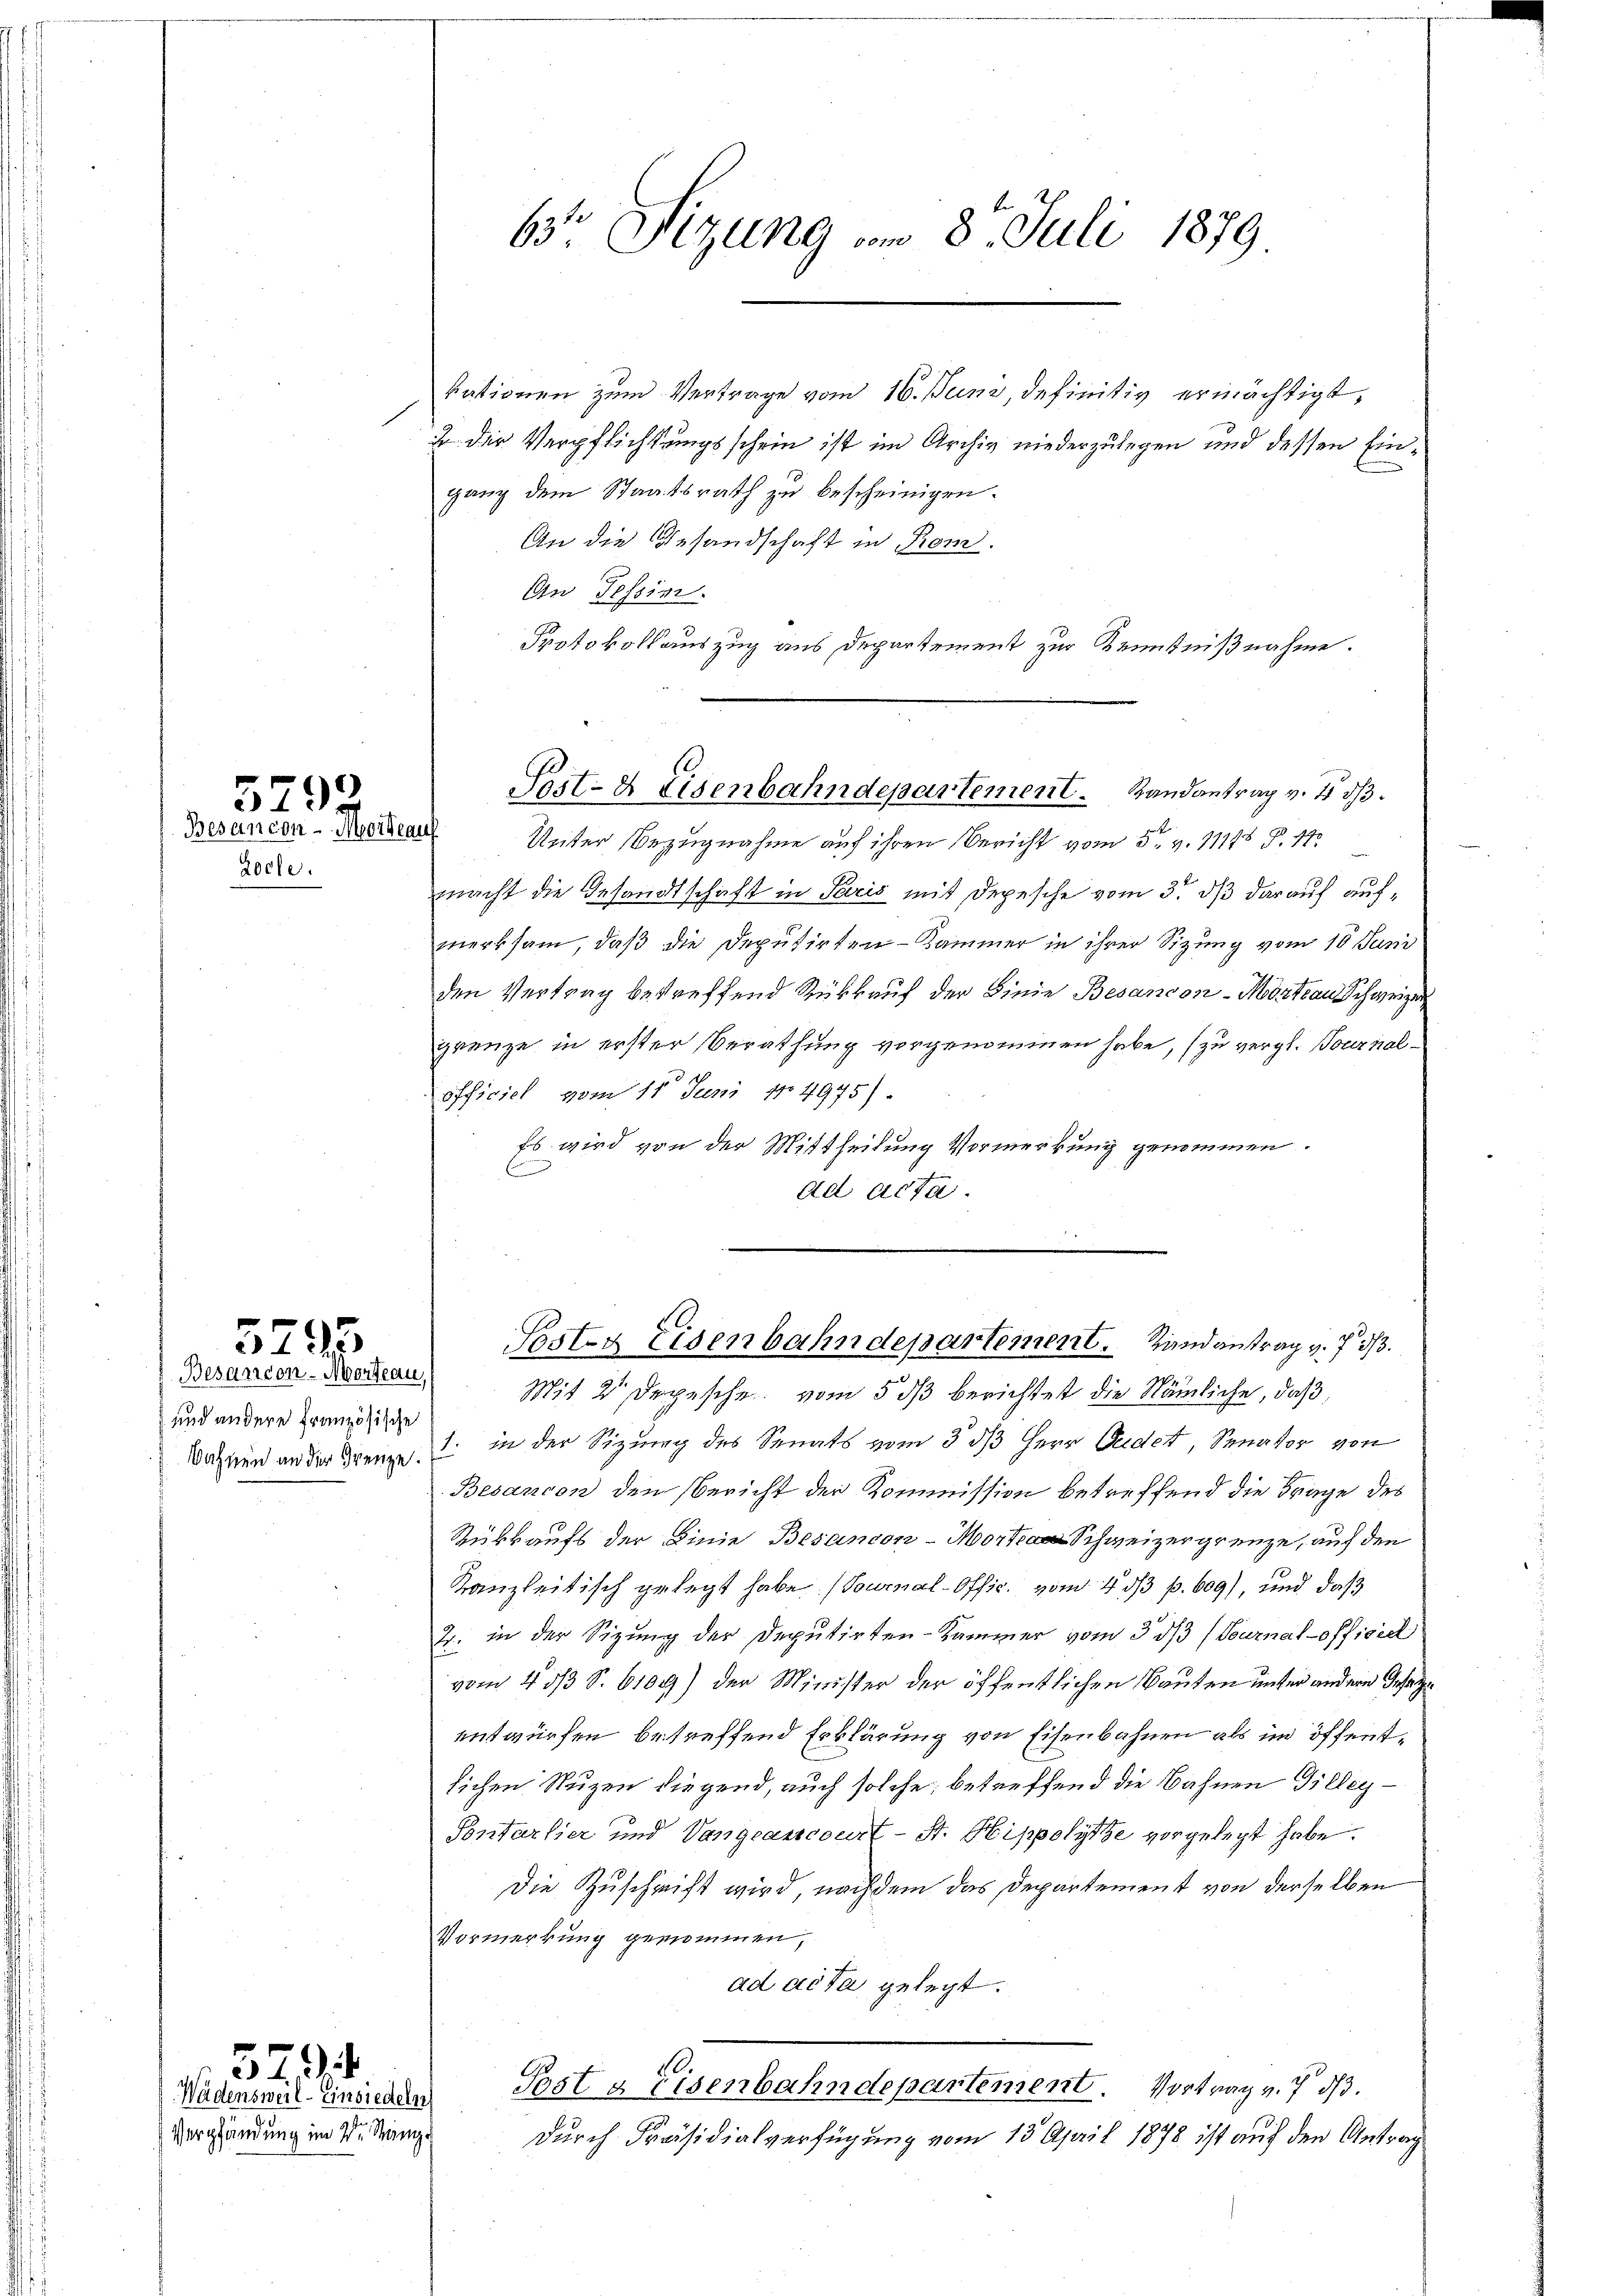
Loche.

5799
Besancen-Meile auf

5295

Besandon - Mordeau,
und andere französische

Verpfändung im Dr. Stan

379. 4
Wädensweil–Einsiedeln

kationen zum Vertrage vom 16. Juni, definitiv ermächtigt,
2 die Verpflichtungsschein ist im Archiv niederzulegen und dessen Einganz dem Staatsrath zu bescheinigen.
An die Gesandschaft in Rom.
An Tessin.
Protokollauszug aus Departement zur Kenntnißnahme.

63° Sizung vom 8. Juli 1879

Unter Bezugnahme auf ihren Bericht vom 5. v. 11175 S. 41
macht die Gesandtschaft in Paris mit Depesche vom 3. dß darauf aufmerksam, daß die Deputirten-Kammer in ihrer Sizung vom 10. Juni
den Vertrag betreffend Rückkauf der Linie Besancon-Mortau Schweizer
grenze in erster Berathung vorgenommen habe, zu vergl. Tournal¬
1
officiel vom 11. Juni 184975).
Es wird von der Mittheilung Vormerkung genommen.
f
ad acta.

Sast- & Eisenbahndepartement. Randantrag v. 4. d.

Mit 2 Depesche vom 5 dβ berichtet die Nämliche, daß
Wahren an der Grenze in der Sizung des Senats vom 3. ds Herr Ordet, Senator von
Besancen den Bericht der Kommission betreffend die Frage des
Rükkaufs der Linie Besandon-Mor Schweizergrenze, auf den
Kanzleitisch gelegt habe. (Tournal-Offic. vom 4 1/3 p. 609), und daß
2. in der Sizung der Deputirten-Kammer vom 3. dβ (Tournal officiel
vom 4 3/3 S. 6109) der Minister der öffentlichen Bauten unter andere Geseze
entwürfen, betreffend Erklärung von Eisenbahnen als im öffentlichen Nuzen diegend, auch solche, betreffend die Bahnen Gilleg¬
Sontarlier und Vangeasscourt - St. Hippolytze vorgelegt habe.
Die Zuschrift wird, nachdem das Departement von derselben
Vormerkung genommen,
ad acta gelegt.
Post a Eisenbahndepartement. Vortrag v. 7. d.
durch Präsidialverfügung vom 13. April 1878 ist auf den Antrag

Posten Eisenbahndepartement. Landantrag v. 7 1/3.